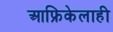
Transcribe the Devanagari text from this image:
आफ्रिकेलाही